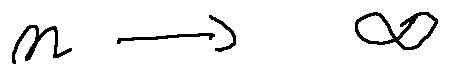
n \rightarrow \infty